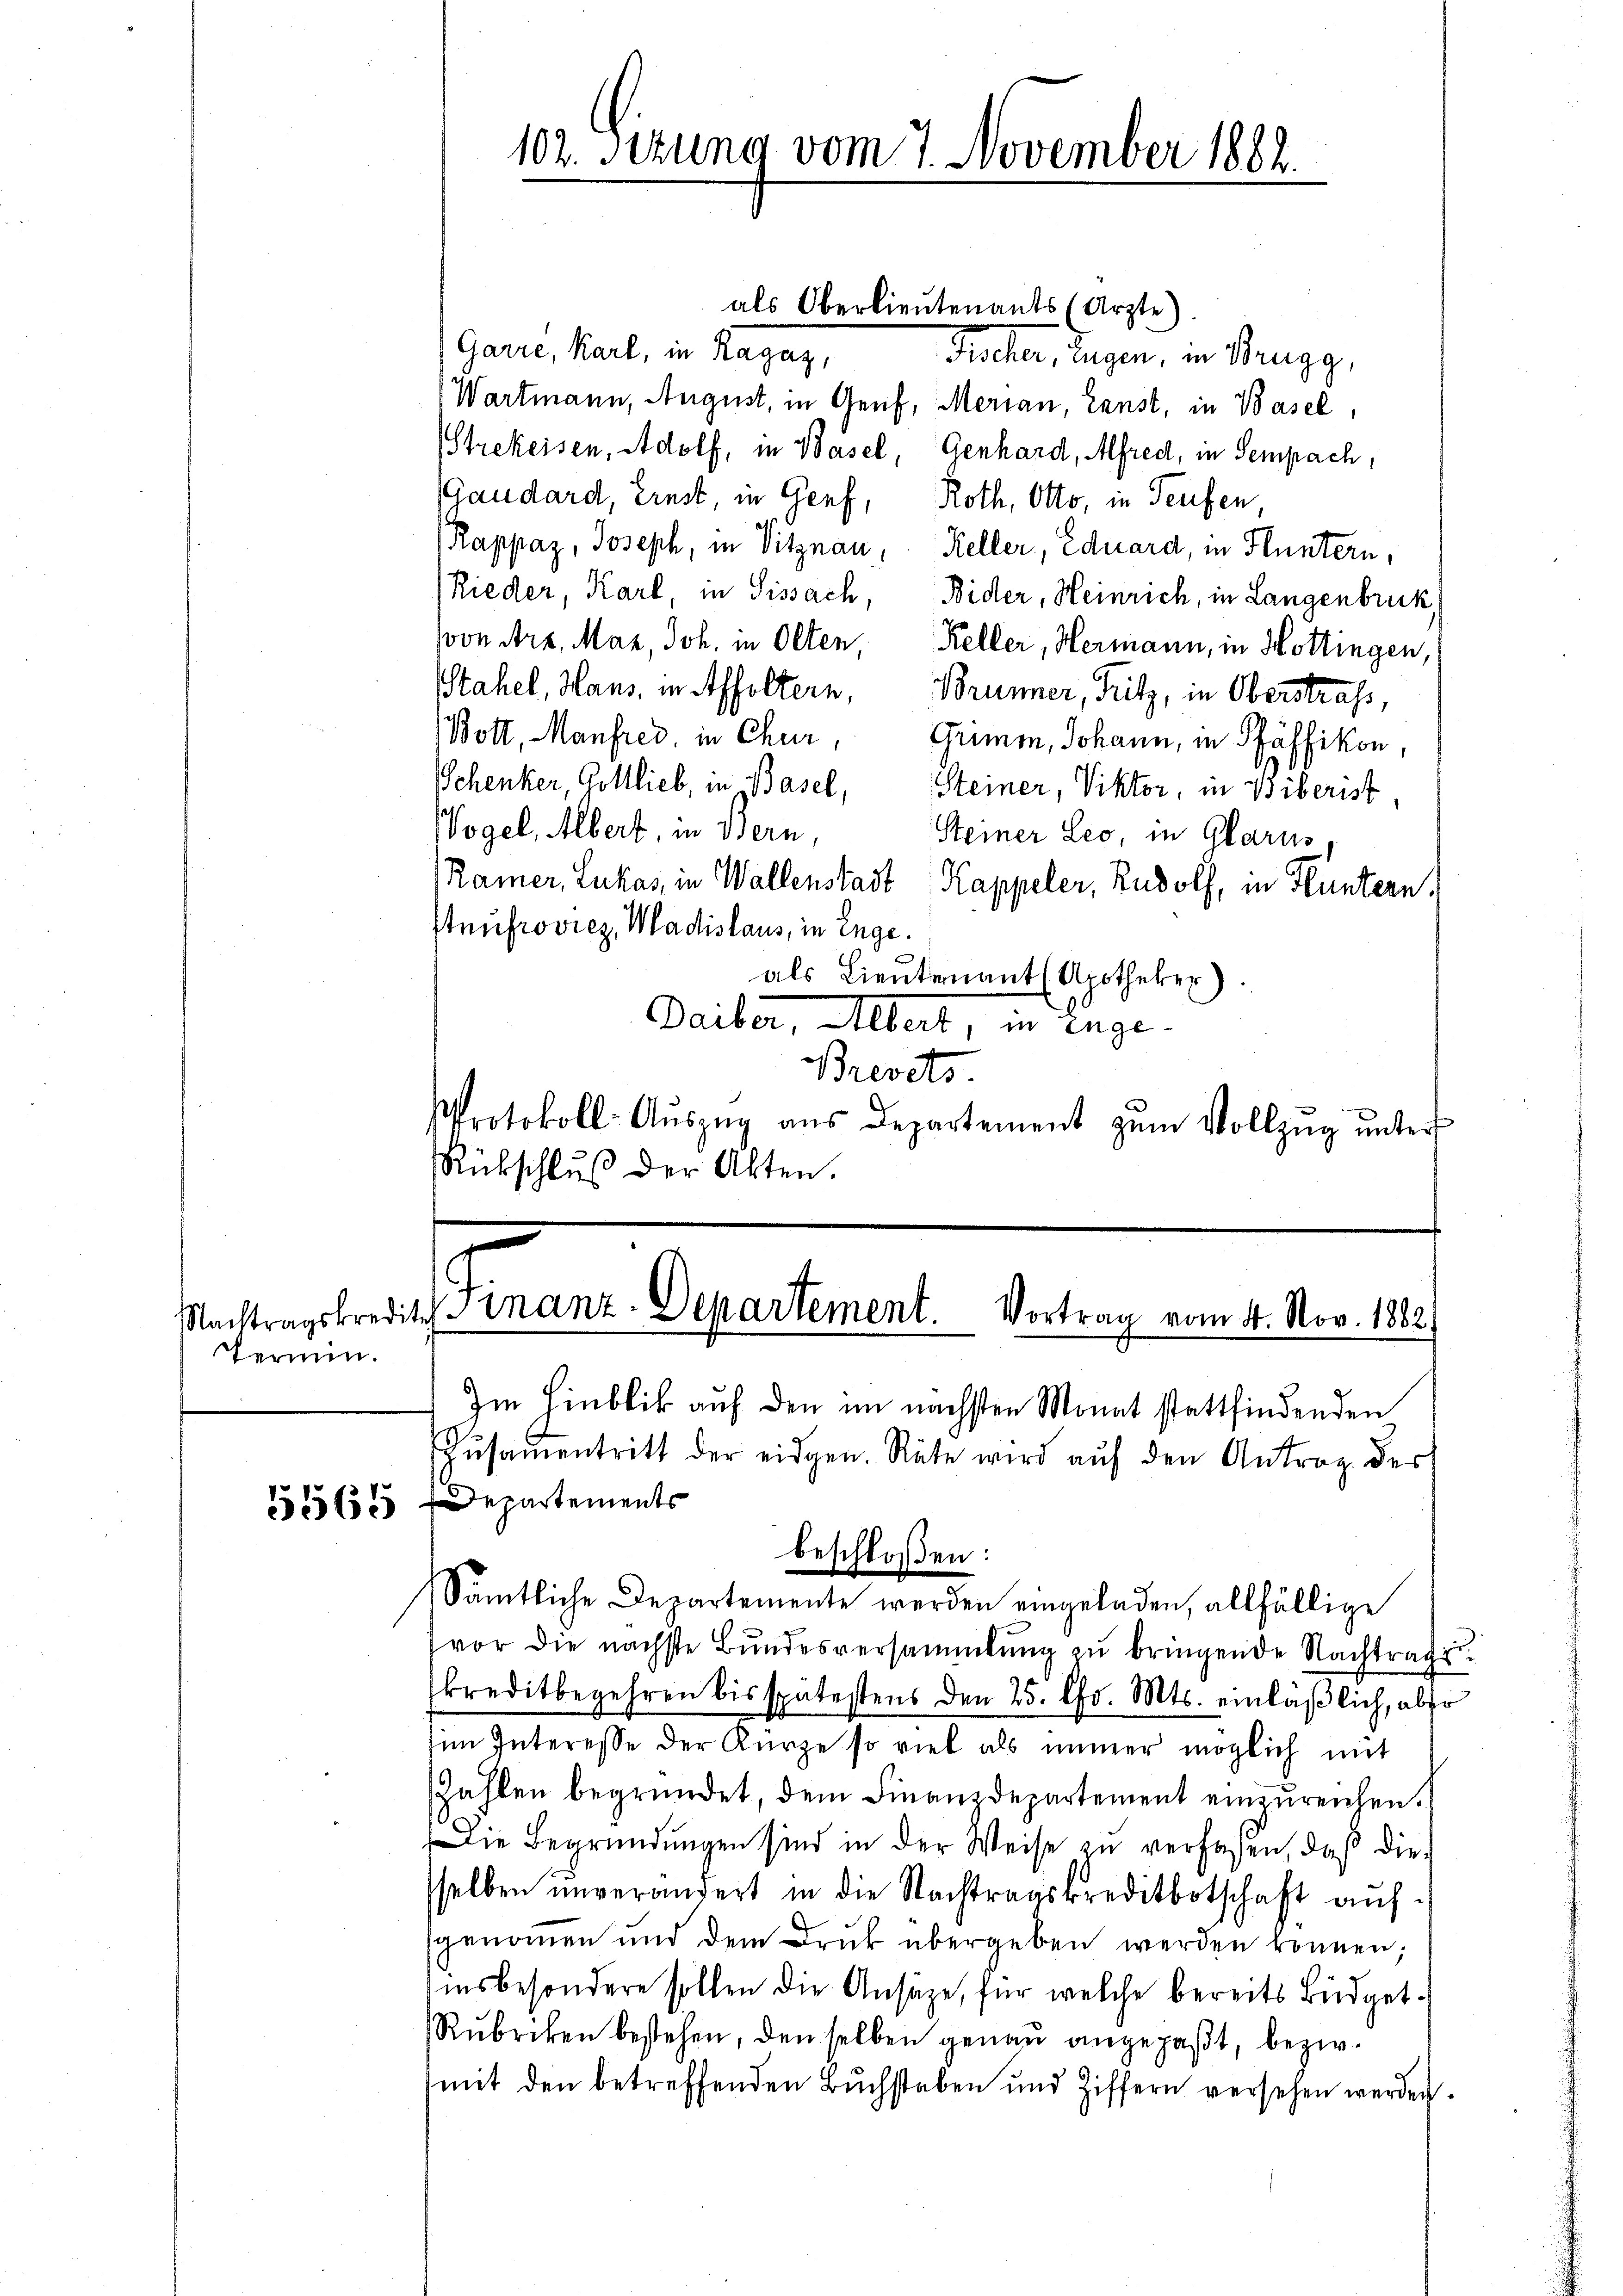
Termin.

als Oberlieutenants (Ärzte)
Garre, Karl, in Ragaz,
Fichter, Eugen, in Brugg,
(Wartmann, August, in Genf, Merian, Ernst, in Basel,
Strekeisen, Adolf, in Basel, Genhard, Alfred, in Sempach,
(Gaudard, Ernst, in Genf, Roth, Otto, in Teufen
Rappaz, Joseph, in Vitznau, Keller, Eduard, in Fluntern,
Rieder, Karl, in Sissach, Bider, Heinrich, in Langenbruck,
von Art, Mar, Joh. in Olten Keller, Hermann, in Hottingen,
Stahel, Haus, in Affoltern, Brünner, Fritz, in Oberstrafs,
Wott, Manfred, in Chur, Grimon, Johann, in Pfäffikon,
Schenker, Gottlieb, in Basel, Steiner, Viktor, in Biberist
Vogel, Albert, in Bern,
Steiner Leo, in Glarus.
Ramer, Lukas, in Wallenstadt Kappeler, Rudolf, in Huntern.
stnufroviez, Madislaus, in Enge.
als Lieutenant (Apotheker).
Daiber, Albert, in enge¬
Brevets.
Protokoll- Aŭszŭg aŭs Departement zŭm Vollzŭg ŭnter
Rückschluß der Akten.

1
Nachtragskredit einanz-Departement. Vortrag vom 4. Nov. 1882

102. Sitzung vom 7. November 1882.

55565 Departements
Sämtliche Departemente werden eingeladen, allfällige
vor die nächste Bŭndesversammlung zŭ bringende Nachtrage
kreditbegehren bis spätestens den 25. Chr. Mts. einläβlich, aber
im Interesse der Kürze so viel als immer möglich mit
Zahlen begründet, dem Finanzdepartement einzŭreichen.
Die Begründungen sind in der Weise zu verfassen, daß diesselben unverändert in die Nachtragskreditbotschaft aŭf-
genommen und dem Druk übergeben werden können;
insbesondere sollen die Ansätze, für welche bereits Büdget¬
Rubriken bestehen, den selben genaŭ angepaβt, bezw.
mit den betreffenden Buchstaben und Ziffern versehen werden.

beschloßen:

Im Hinblick auf den im nächsten Monat stattfindenden
Zŭsaṁentritt der eidgen. Räte wird auf den Antrag der